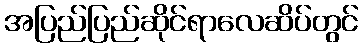
အပြည်ပြည်ဆိုင်ရာလေဆိပ်တွင်